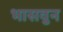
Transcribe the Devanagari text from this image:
भासवुन